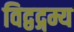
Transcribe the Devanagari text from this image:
विद्वद्गम्य